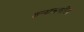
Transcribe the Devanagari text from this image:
जाबालचरित